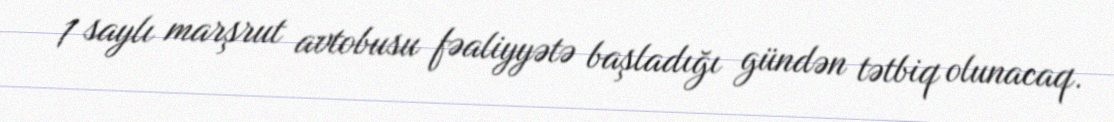
1 saylı marşrut avtobusu fəaliyyətə başladığı gündən tətbiq olunacaq.